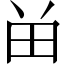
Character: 𬎿